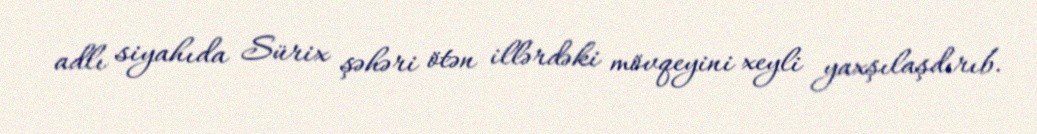
adlı siyahıda Sürix şəhəri ötən illərdəki mövqeyini xeyli yaxşılaşdırıb.